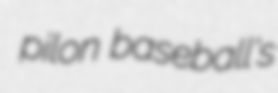
pilon baseball's